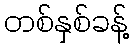
တစ်နှစ်ခန့်